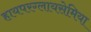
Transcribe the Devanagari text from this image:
हायपरग्लायसेमिया